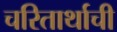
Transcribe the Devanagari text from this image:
चरितार्थाची